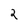
Character: 2